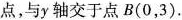
点，与y轴交于点B(0，3).